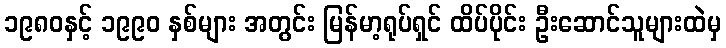
၁၉၈၀နှင့် ၁၉၉၀ နှစ်များ အတွင်း မြန်မာ့ရုပ်ရှင် ထိပ်ပိုင်း ဦးဆောင်သူများထဲမှ